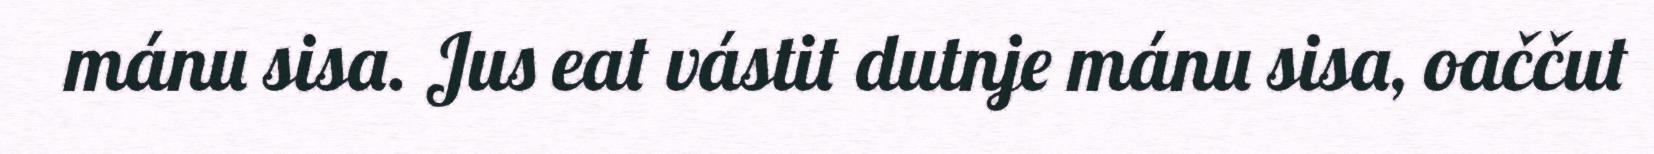
mánu sisa. Jus eat vástit dutnje mánu sisa, oaččut